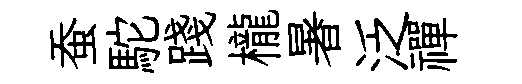
蚕駝踐櫳暑泛禪